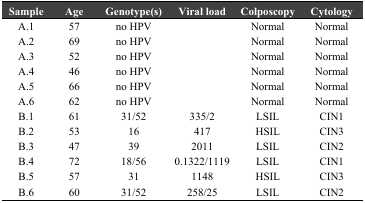
| Sample | Age | Genotype(s) | Viral load | Colposcopy | Cytology |
 | --- | --- | --- | --- | --- | --- |
 | A.1 | 57 | no HPV |  | Normal | Normal |
 | A.2 | 69 | no HPV |  | Normal | Normal |
 | A.3 | 52 | no HPV |  | Normal | Normal |
 | A.4 | 46 | no HPV |  | Normal | Normal |
 | A.5 | 66 | no HPV |  | Normal | Normal |
 | A.6 | 62 | no HPV |  | Normal | Normal |
 | B.1 | 61 | 31/52 | 335/2 | LSIL | CIN1 |
 | B.2 | 53 | 16 | 417 | HSIL | CIN3 |
 | B.3 | 47 | 39 | 2011 | LSIL | CIN2 |
 | B.4 | 72 | 18/56 | 0.1322/1119 | LSIL | CIN1 |
 | B.5 | 57 | 31 | 1148 | HSIL | CIN3 |
 | B.6 | 60 | 31/52 | 258/25 | LSIL | CIN2 |